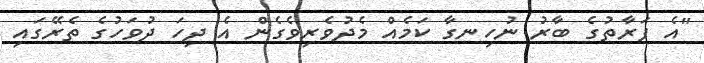
"އެ ފަރާތުގެ ބާރު ނުހިނގާ ކަމެއް މެދުވެރިވެގެން އެ ދިހަ ދުވަހުގެ ތެރޭގައި